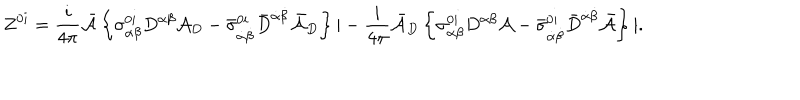
Z ^ { 0 i } = \frac { i } { 4 \pi } { \bar { \cal A } } \left\{ \sigma _ { \alpha \beta } ^ { 0 i } D ^ { \alpha \beta } { \cal A } _ { D } - { \bar { \sigma } } _ { \dot { \alpha } \dot { \beta } } ^ { 0 i } { \bar { D } } ^ { \dot { \alpha } \dot { \beta } } { \bar { \cal A } } _ { D } \right\} | - \frac { i } { 4 \pi } { \bar { \cal A } } _ { D } \left\{ \sigma _ { \alpha \beta } ^ { 0 i } D ^ { \alpha \beta } { \cal A } - { \bar { \sigma } } _ { \dot { \alpha } \dot { \beta } } ^ { 0 i } { \bar { D } } ^ { \dot { \alpha } \dot { \beta } } { \bar { \cal A } } \right\} | .